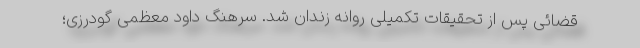
قضائی پس از تحقیقات تکمیلی روانه زندان شد. سرهنگ داود معظمی گودرزی؛